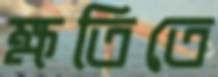
ক্ষতিতে